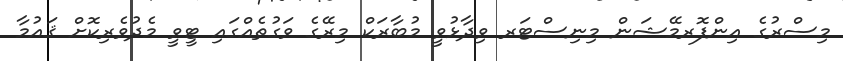
މިސްރުގެ އިންފޮރމޭޝަން މިނިސްޓަރ ވިދާޅުވީ މުބާރަކް މިރޭގެ ވަގުތެއްގައި ޓީވީ މެދުވެރިކޮށް ޤައުމާ